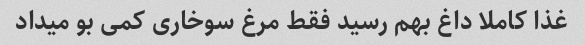
غذا کاملا داغ بهم رسید فقط مرغ سوخاری کمی بو میداد